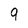
Character: 9